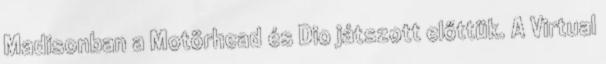
Madisonban a Motörhead és Dio játszott előttük. A Virtual